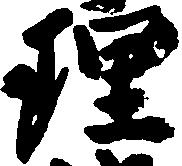
理